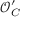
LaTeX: { \mathcal { O } } _ { C } ^ { \prime }